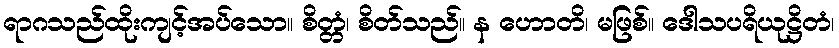
ရာဂသည်ထိုးကျင့်အပ်သော။ စိတ္တံ၊ စိတ်သည်။ န ဟောတိ၊ မဖြစ်။ ဒေါသပရိယုဋ္ဌိတံ၊